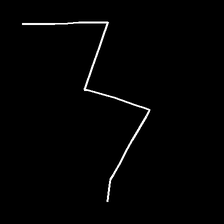
Glyph: crush